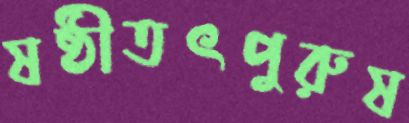
ষষ্ঠীতৎপুরুষ